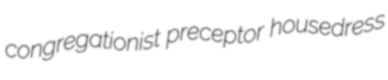
congregationist preceptor housedress